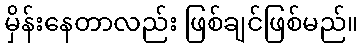
မှိန်းနေတာလည်း ဖြစ်ချင်ဖြစ်မည်။